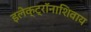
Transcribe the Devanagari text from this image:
इलेक्ट्रॉनाशिवाय